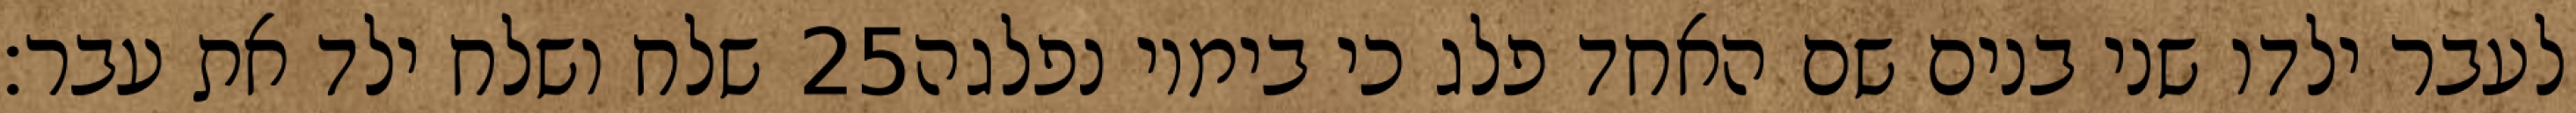
שלח ושלח ילד את עבר׃ ‎25‏ לעבר ילדו שני בנים שם האחד פלג כי בימיו נפלגה